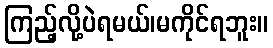
ကြည့်လို့ပဲရမယ်၊မကိုင်ရဘူး။